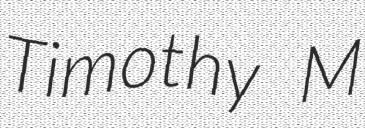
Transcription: Timothy M